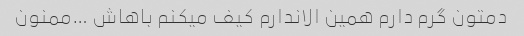
دمتون گرم دارم همین الاندارم کیف میکنم باهاش …ممنون